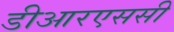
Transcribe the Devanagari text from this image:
डीआरएससी